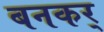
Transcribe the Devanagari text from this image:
बनकर्